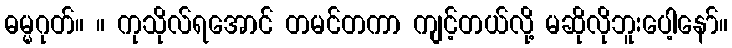
ဓမ္မဂုတ်။ ။ ကုသိုလ်ရအောင် တမင်တကာ ကျင့်တယ်လို့ မဆိုလိုဘူးပေါ့နော်။